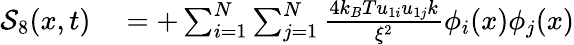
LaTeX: \begin{array}{rl}{\mathcal{S}_{8}(x,t)}&{{}=+\sum_{i=1}^{N}\sum_{j=1}^{N}\frac{4k_{B}Tu_{1i}u_{1j}k}{\xi^{2}}\phi_{i}(x)\phi_{j}(x)}\end{array}